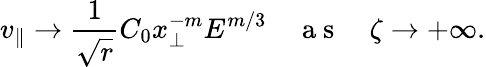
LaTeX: v_{\parallel}\rightarrow\frac{1}{\sqrt{r}}C_{0}x_{\perp}^{-m}E^{m/3}\quad\mathrm{~a~s~}\quad\zeta\rightarrow+\infty.